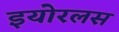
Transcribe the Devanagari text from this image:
इयोरलस